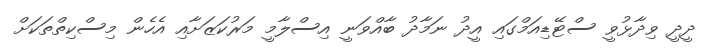
ދީދީ ވިދާޅުވީ ސްޓޭޑިއަމްގައި އީދު ނަމާދު ބާއްވަނީ އިސްލާމީ މަރުކަޒަށާއި އެހެން މިސްކިތްތަކަށް